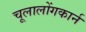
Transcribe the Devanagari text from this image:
चूलालोंगकार्न